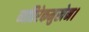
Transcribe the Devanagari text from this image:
व्यतिरेकमुखेन।